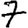
Digit: 7